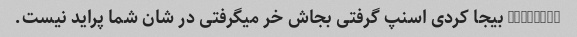
@sm_1361 بیجا کردی اسنپ گرفتی بجاش خر میگرفتی در شان شما پراید نیست.